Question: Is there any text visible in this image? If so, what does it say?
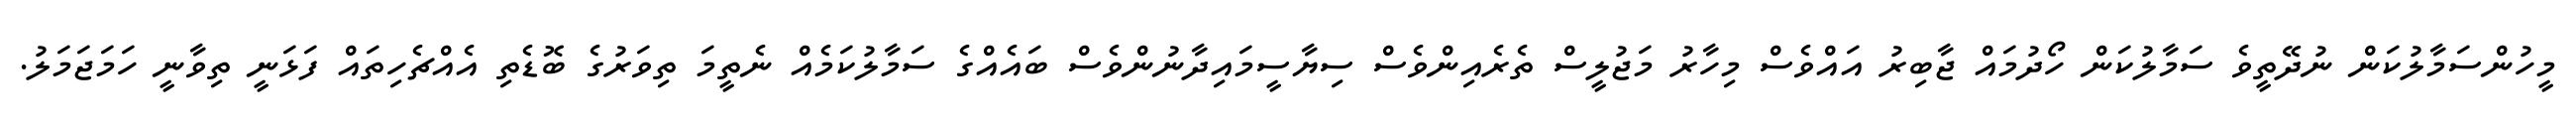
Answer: މީހުންސަމާލުކަން ނުދޭތީވެ ސަމާލުކަން ހޯދުމައް ޖާބިރު އައްވެސް މިހާރު މަޖުލީސް ތެރެއިންވެސް ސިޔާސީމައިދާނުންވެސް ބައެއްގެ ސަމާލުކަމެއް ނެތީމަ ތިވަރުގެ ބޮޑެތި އެއްޗެހިތައް ފަޅަނީ ތިވާނީ ހަމަޖަމަލު.